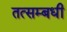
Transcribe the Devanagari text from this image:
तत्सम्बधी